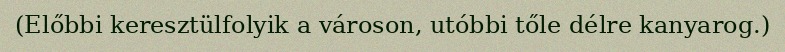
(Előbbi keresztülfolyik a városon, utóbbi tőle délre kanyarog.)